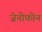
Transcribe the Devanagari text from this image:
ज़ेनोफ़ोन